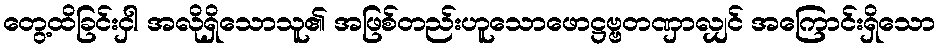
တွေ့ထိခြင်းငှါ အလိုရှိသောသူ၏ အဖြစ်တည်းဟူသောဖောဋ္ဌဗ္ဗတဏှာလျှင် အကြောင်းရှိသော